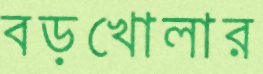
বড়খোলার